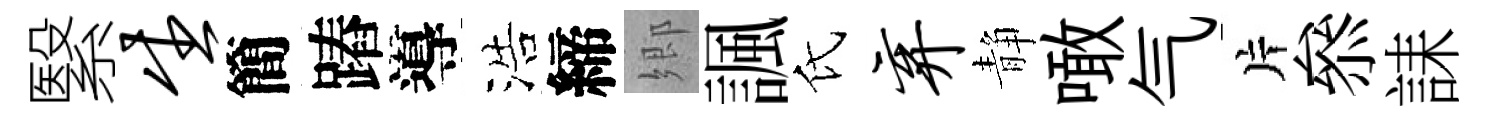
繄生簡蹖導浩締郷諷氏弃静噉气片叅誄